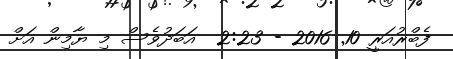
ފެބްރުއަރީ 10